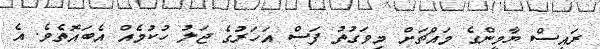
ރައީސް ޔާމީންގެ މައްޗަށް މިވަގުތު ފަސް އަހަރުގެ ޖަލު ހުކުމެއް އެބައޮތެވެ. އެ